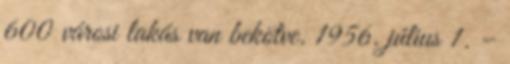
600 városi lakás van bekötve. 1956. július 1. –